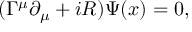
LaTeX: ( \Gamma ^ { \mu } \partial _ { \mu } + i R ) \Psi ( x ) = 0 ,